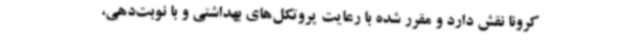
کرونا نقش دارد و مقرر شده با رعایت پروتکل‌های بهداشتی و با نوبت‌دهی،